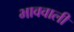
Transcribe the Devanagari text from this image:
भाववाली